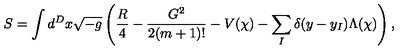
S = \int d ^ { D } x \sqrt { - g } \left( \frac { R } { 4 } - \frac { G ^ { 2 } } { 2 ( m + 1 ) ! } - V ( \chi ) - \sum _ { I } \delta ( y - y _ { I } ) \Lambda ( \chi ) \right) ,